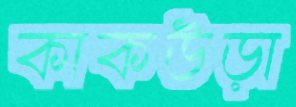
কাকউড়া